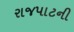
રાજપાટની